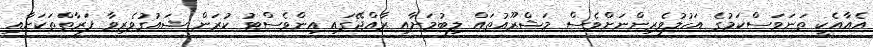
އެއާއެކީ ތަނަވަސްކަމުގެ އަހުލުވެރިންނަށްވެސް މަޝްރޫއުތައް ލިބުމަށާއި ރާއްޖޭގައި އިންވެސްޓު ކުރަން ޝައުގުވެރިވާ ފަރާތްތަކަށާއި